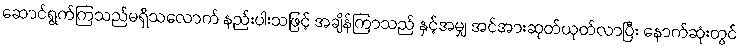
ဆောင်ရွက်ကြသည်မရှိသလောက် နည်းပါးသဖြင့် အချိန်ကြာသည် နှင့်အမျှ အင်အားဆုတ်ယုတ်လာပြီး နောက်ဆုံးတွင်